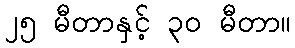
၂၅ မီတာနှင့် ၃၀ မီတာ။